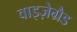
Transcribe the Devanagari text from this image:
वाइज़ेग्रैड